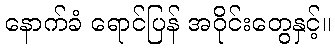
နောက်ခံ ရောင်ပြန် အဝိုင်းတွေနှင့်။